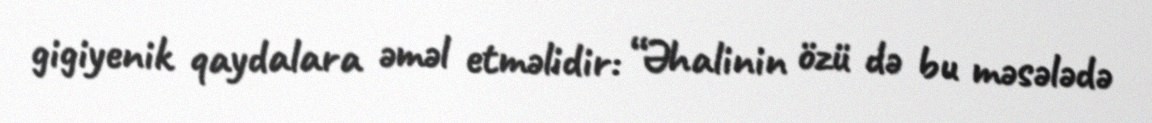
gigiyenik qaydalara əməl etməlidir: “Əhalinin özü də bu məsələdə